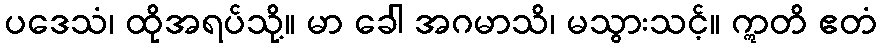
ပဒေသံ၊ ထိုအရပ်သို့။ မာ ခေါ အဂမာသိ၊ မသွားသင့်။ ဣတိ ဧတံ